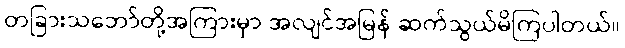
တခြားသဘော်တို့အကြားမှာ အလျင်အမြန် ဆက်သွယ်မိကြပါတယ်။